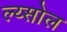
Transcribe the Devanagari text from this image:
ल्य्सोल